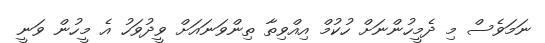
ނަމަވެސް މި ދެމީހުންނަށް ހުކުމް އިއްވިތާ ތިންވަނައަށް ވީދުވަހު އެ މީހުން ވަނީ